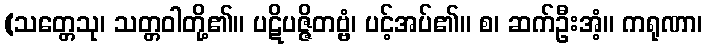
(သတ္တေသု၊ သတ္တဝါတို့၏။ ပဋိပဇ္ဇိတဗ္ဗံ၊ ပင့်အပ်၏။ စ၊ ဆက်ဦးအံ့။ ကရုဏာ၊